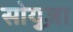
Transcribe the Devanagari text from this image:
सोयुज़ा